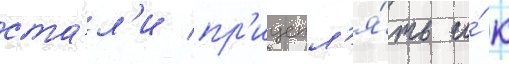
ста́л'и пр'ицепл'я́ть и́ к